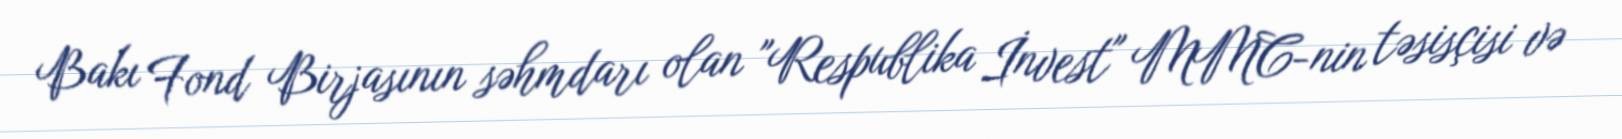
Bakı Fond Birjasının səhmdarı olan "Respublika İnvest" MMC-nin təsisçisi və